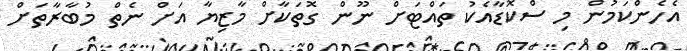
އެހެންކަމުން މި ސްކޮޑާއެކު ތައްޓަށް ނޫން ގޮތަކާށް މާޒިޔާ އަށް ނެތް މުބާރާތަށް